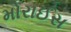
મોરાઈસ